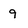
Character: 9